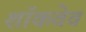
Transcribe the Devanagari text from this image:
शॉकवेव